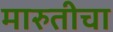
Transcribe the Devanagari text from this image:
मारुतीचा